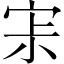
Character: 𡧯